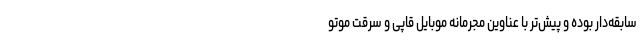
سابقه‌دار بوده و پیش‌تر با عناوین مجرمانه موبایل قاپی و سرقت موتو